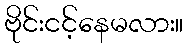
ဗိုင်းငင့်နေမလား။